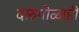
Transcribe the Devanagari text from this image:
दारुगोळाही